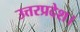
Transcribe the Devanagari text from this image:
उत्तरप्रदेश।